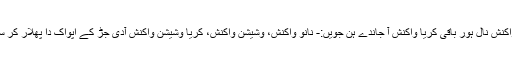
اس کریا واکنش نال ہور باقی کریا واکنش آ جاندے ہن جویں:- نانوَ واکنش، وشیشن واکنش، کریا وشیشن واکنش آدی جڑ کے اپواک دا پھلار کر سکدے ہن ۔